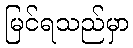
မြင်ရသည်မှာ